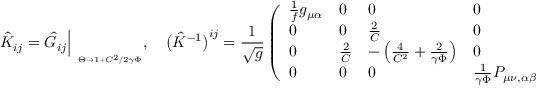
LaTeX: \hat { K } _ { i j } = \hat { G } _ { i j } \Big | _ { \phantom { p } _ { \Theta \to 1 + C ^ { 2 } / 2 \gamma \Phi } } , \quad \bigl ( \hat { K } ^ { - 1 } \bigr ) ^ { i j } = { \frac { 1 } { \sqrt g } } \left( \begin{array} { l l l l } { { { \frac { 1 } { f } } g _ { \mu \alpha } } } & { { 0 } } & { { 0 } } & { { 0 } } \\ { { 0 } } & { { 0 } } & { { { \frac { 2 } { C } } } } & { { 0 } } \\ { { 0 } } & { { { \frac { 2 } { C } } } } & { { - \left( { \frac { 4 } { C ^ { 2 } } } + { \frac { 2 } { \gamma \Phi } } \right) } } & { { 0 } } \\ { { 0 } } & { { 0 } } & { { 0 } } & { { { \frac { 1 } { \gamma \Phi } } P _ { \mu \nu , \alpha \beta } } } \end{array} \right) ,